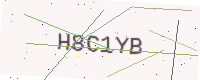
Text: H8C1YB